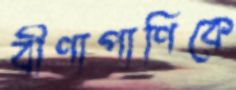
বীণাপাণিকে